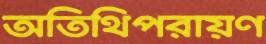
অতিথিপরায়ণ